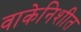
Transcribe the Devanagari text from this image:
वाकेनिशीत